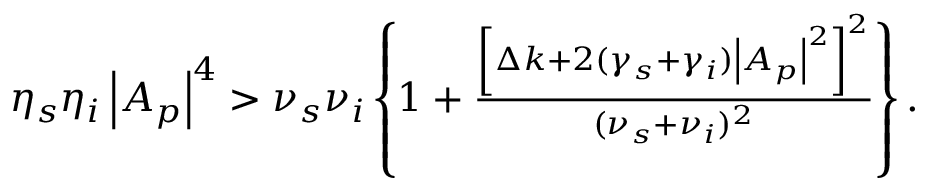
\begin{array} { r } { \eta _ { s } \eta _ { i } \left| A _ { p } \right| ^ { 4 } > \nu _ { s } \nu _ { i } \left\{ 1 + \frac { \left[ \Delta k + 2 ( \gamma _ { s } + \gamma _ { i } ) \left| A _ { p } \right| ^ { 2 } \right] ^ { 2 } } { ( \nu _ { s } + \nu _ { i } ) ^ { 2 } } \right\} . } \end{array}